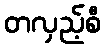
တလှည့်စီ